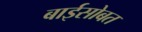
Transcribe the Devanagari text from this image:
बाईसोबत